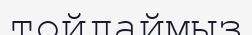
тойлаймыз